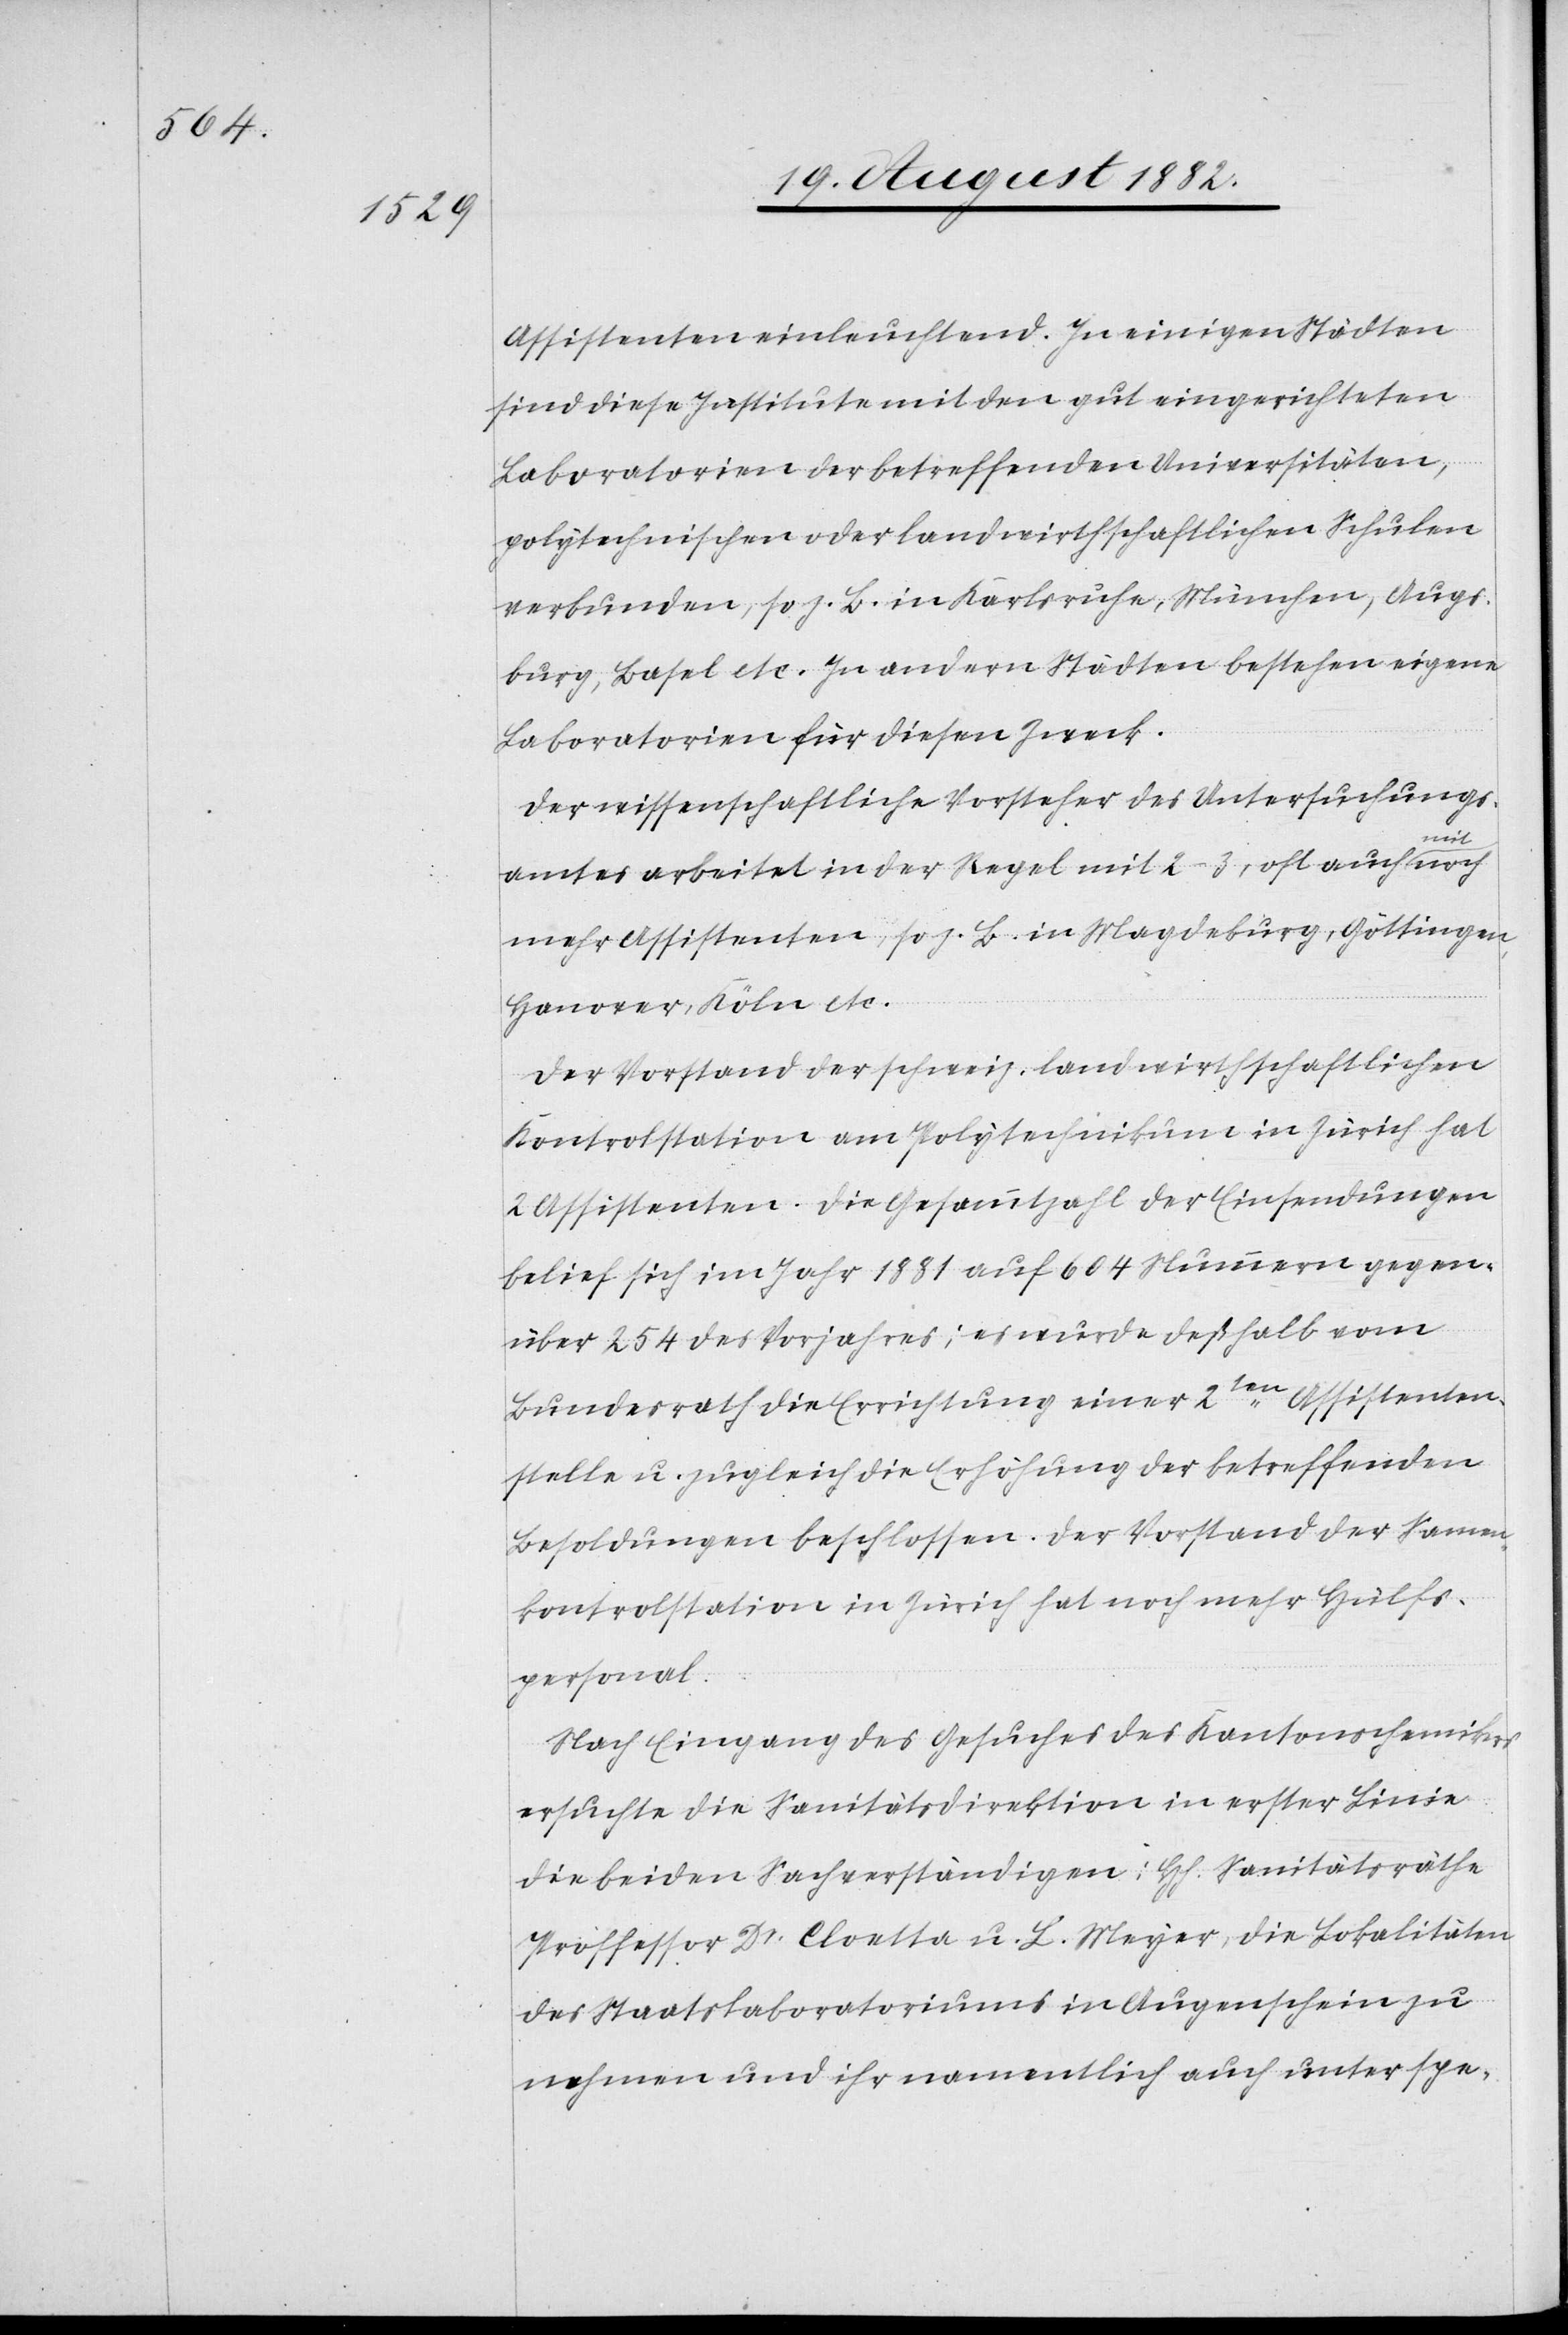
Assistenten einleuchtend. In einigen Städten
sind diese Institute mit den gut eingerichteten
Laboratorien der betreffenden Universitäten,
polytechnischen oder landwirthschaftlichen Schulen
verbunden, so z. B. in Karlsruhe, München, Augs¬
burg, Basel etc. In andern Städten bestehen eigene
Laboratorien für diesen Zweck.
Der wissenschaftliche Vorsteher des Untersuchungs¬
amtes arbeitet in der Regel mit 2–3, oft auch mit
mehr Assistenten, so z. B. in Magdeburg, Göttingen,
Hanover, Köln etc.
Der Vorstand der schweiz. landwirthschaftlichen
Kontrolstation am Polytechnikum in Zürich hat
2 Assistenten. Die Gesammtzahl der Einsendungen
belief sich im Jahr 1881 auf 604 Nummern gegen¬
über 254 des Vorjahres; es wurde deßhalb vom
Bundesrath die Errichtung einer 2ten Assistenten¬
stelle u. zugleich die Erhöhung der betreffenden
Besoldungen beschlossen. Der Vorstand der Samen¬
kontrolstation in Zürich hat noch mehr Hülfs¬
personal.
Nach Eingang des Gesuches des Kantonschemikers
ersuchte die Sanitätsdirektion in erster Linie
die beiden Sachverständigen: H[erren] Sanitätsräthe
Professor Dr Cloetta u. L. Meyer, die Lokalitäten
des Staatslaboratoriums in Augenschein zu
nehmen und ihr namentlich auch unter spe-